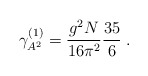
\begin{align*}\gamma _{A^{2}}^{(1)}=\frac{g^{2}N}{16\pi ^{2}}\frac{35}{6}\;. \end{align*}